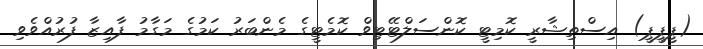
(ޕީޕީޕީ) އިސްތިޝާރީ ކޮމިޓީ ކޮންސަލްޓޭޓިވް ކޮމެޓީގެ މެންބަރު ކަމުގެ މަގާމު ފާއިޒާ ފުރުއްވެވި